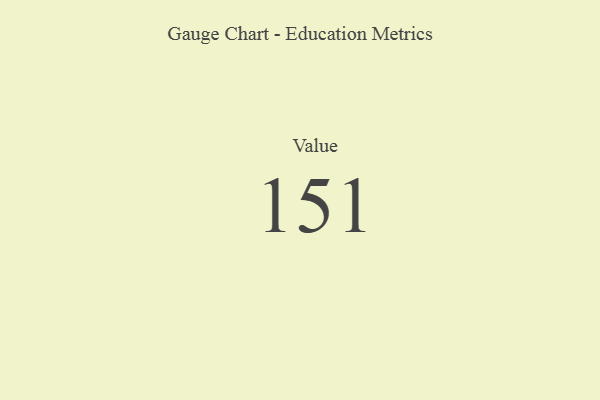
{"axis": {"x": "Metric", "y": "Value"}, "legend": [""], "data": [{"x": "Value", "y": 151, "type": ""}]}